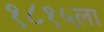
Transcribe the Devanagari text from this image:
१८१५ला